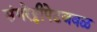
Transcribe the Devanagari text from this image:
संगरेड्डीपेटजवळ